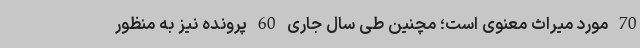
70 مورد میراث معنوی است؛ مچنین طی سال جاری 60 پرونده نیز به منظور